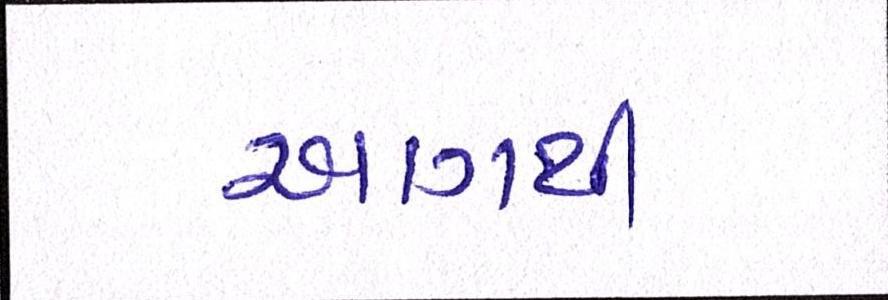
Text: આગથી